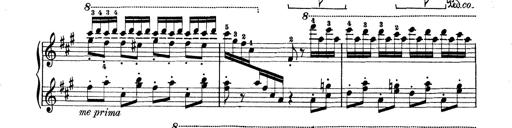
Title: Rapsodie: 19 ungheresi, 1 spagnuola
Composer: Franz Liszt